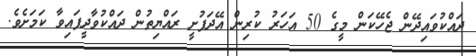
ދައްކުވައިދޭން ޖެހޭކަން މީގެ 50 އަހަރު ކުރިން އޭދަފުށީ ރައްޔިތުން ދައްކުވާދީފައިވާ ކަަމަށެވެ.